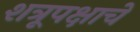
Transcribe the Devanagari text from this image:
शत्रूपक्षाचे